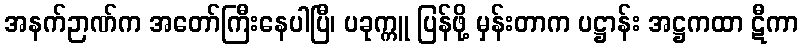
အနက်ဉာဏ်က အတော်ကြီးနေပါပြီ၊ ပခုက္ကူ ပြန်ဖို့ မှန်းတာက ပဋ္ဌာန်း အဋ္ဌကထာ ဋီကာ